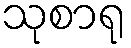
သုစာရု